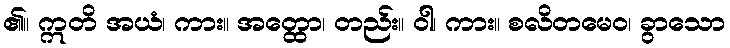
၏။ ဣတိ အယံ၊ ကား။ အတ္ထော၊ တည်း။ ဝါ၊ ကား။ စလိတမေဝ၊ ခွာသော